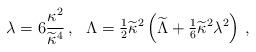
LaTeX: \begin{align*}\lambda=6{\kappa^2\over\widetilde\kappa^4} \,, ~~ \Lambda ={\textstyle{1\over2}}\widetilde\kappa^2\left(\widetilde{\Lambda}+{\textstyle{1\over6}}\widetilde\kappa^2\lambda^2\right)\,,\end{align*}